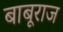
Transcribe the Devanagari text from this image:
बाबूराज